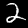
Digit: 2